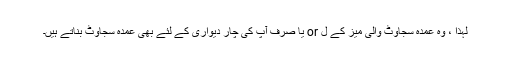
لہذا ، وہ عمدہ سجاوٹ والی میز کے ل or یا صرف آپ کی چار دیواری کے لئے بھی عمدہ سجاوٹ بناتے ہیں۔